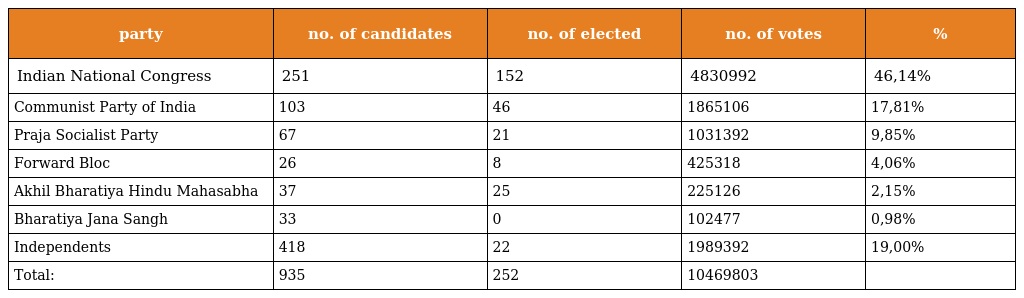
| party | no. of candidates | no. of elected | no. of votes | % |
 | --- | --- | --- | --- | --- |
 | Indian National Congress | 251 | 152 | 4830992 | 46,14% |
 | Communist Party of India | 103 | 46 | 1865106 | 17,81% |
 | Praja Socialist Party | 67 | 21 | 1031392 | 9,85% |
 | Forward Bloc | 26 | 8 | 425318 | 4,06% |
 | Akhil Bharatiya Hindu Mahasabha | 37 | 25 | 225126 | 2,15% |
 | Bharatiya Jana Sangh | 33 | 0 | 102477 | 0,98% |
 | Independents | 418 | 22 | 1989392 | 19,00% |
 | Total: | 935 | 252 | 10469803 |  |